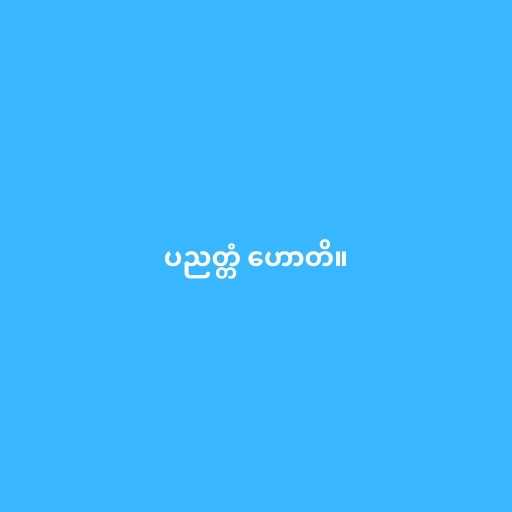
ပညတ္တံ ဟောတိ။